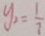
y _ { 2 } = \frac { 1 } { 7 }